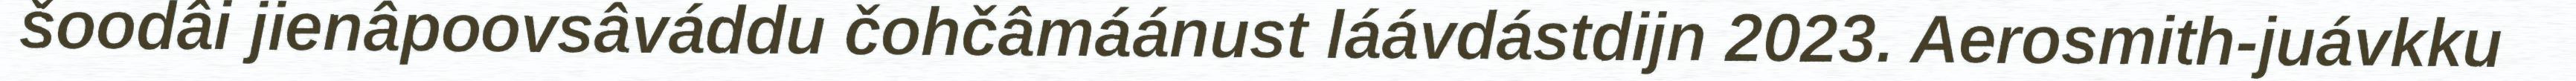
šoodâi jienâpoovsâváddu čohčâmáánust láávdástdijn 2023. Aerosmith-juávkku